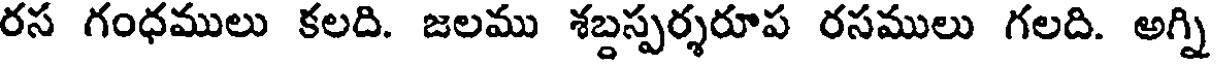
రస గంధములు కలది. జలము శబ్దస్పర్శరూప రసములు గలది. అగ్ని